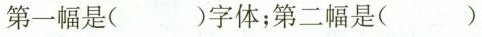
第一幅是( )字体；第二幅是( )